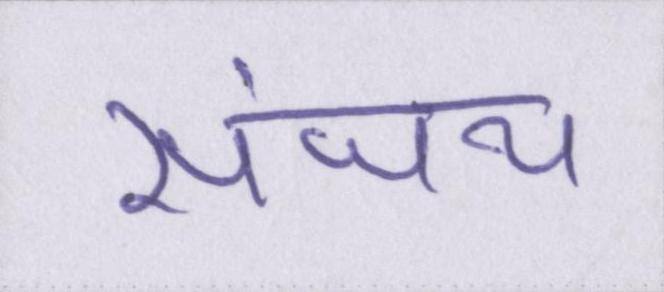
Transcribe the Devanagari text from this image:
संजय